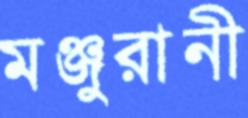
মঞ্জুরানী